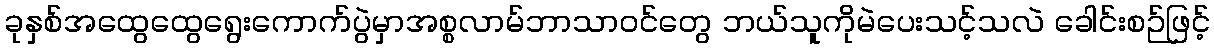
ခုနှစ်အထွေထွေရွေးကောက်ပွဲမှာအစ္စလာမ်ဘာသာဝင်တွေ ဘယ်သူကိုမဲပေးသင့်သလဲ ခေါင်းစဉ်ဖြင့်